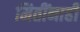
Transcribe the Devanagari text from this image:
मितींनाही